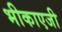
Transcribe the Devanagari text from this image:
भीकाएजी